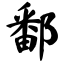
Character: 鄱